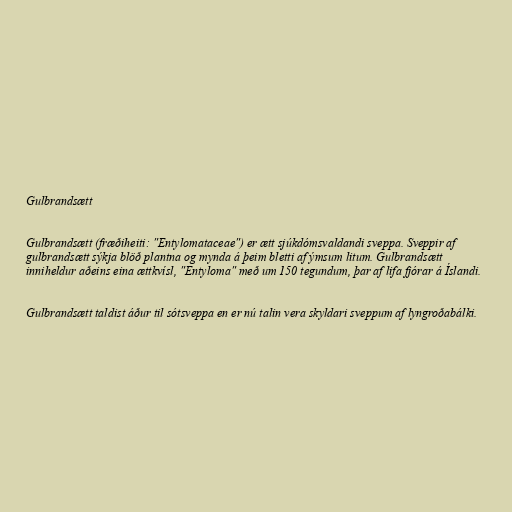
Gulbrandsætt

Gulbrandsætt (fræðiheiti: "Entylomataceae") er ætt sjúkdómsvaldandi sveppa. Sveppir af
gulbrandsætt sýkja blöð plantna og mynda á þeim bletti af ýmsum litum. Gulbrandsætt
inniheldur aðeins eina ættkvísl, "Entyloma" með um 150 tegundum, þar af lifa fjórar á Íslandi.

Gulbrandsætt taldist áður til sótsveppa en er nú talin vera skyldari sveppum af lyngroðabálki.